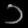
Digit: ၁